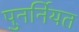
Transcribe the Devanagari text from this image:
पुनर्नियत